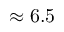
\approx 6 . 5